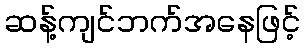
ဆန့်ကျင်ဘက်အနေဖြင့်